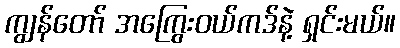
ကျွန်တော် အကြွေးဝယ်ကဒ်နဲ့ ရှင်းမယ်။